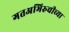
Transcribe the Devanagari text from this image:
गतअभिरुचीच्या